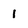
Character: 1